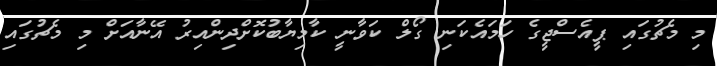
މި މެޗުގައި ޕީއެސްޖީގެ ހަމައެކަނި ގޯލް ކަވާނީ ކާމިޔާބުކޮށްދިންއިރު އޭނާއަށް މި މެޗުގައި